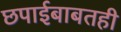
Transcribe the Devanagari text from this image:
छपाईबाबतही